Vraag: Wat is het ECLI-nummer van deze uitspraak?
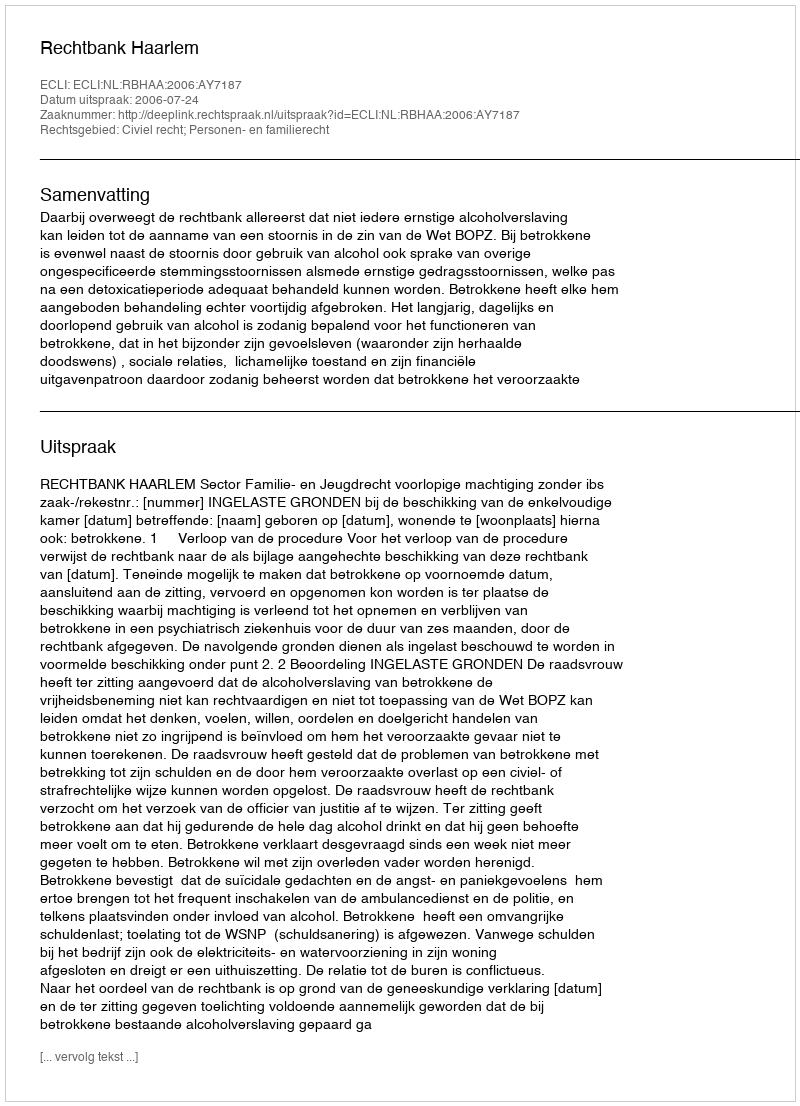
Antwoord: ECLI:NL:RBHAA:2006:AY7187